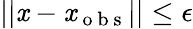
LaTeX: ||\mathit{x}-\mathit{x}_{\mathrm{{~o~b~s~}}}||\leq\epsilon